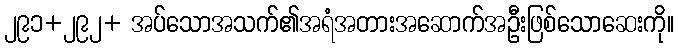
၂၉၁+၂၉၂+ အပ်သောအသက်၏အရံအတားအဆောက်အဦးဖြစ်သောဆေးကို။